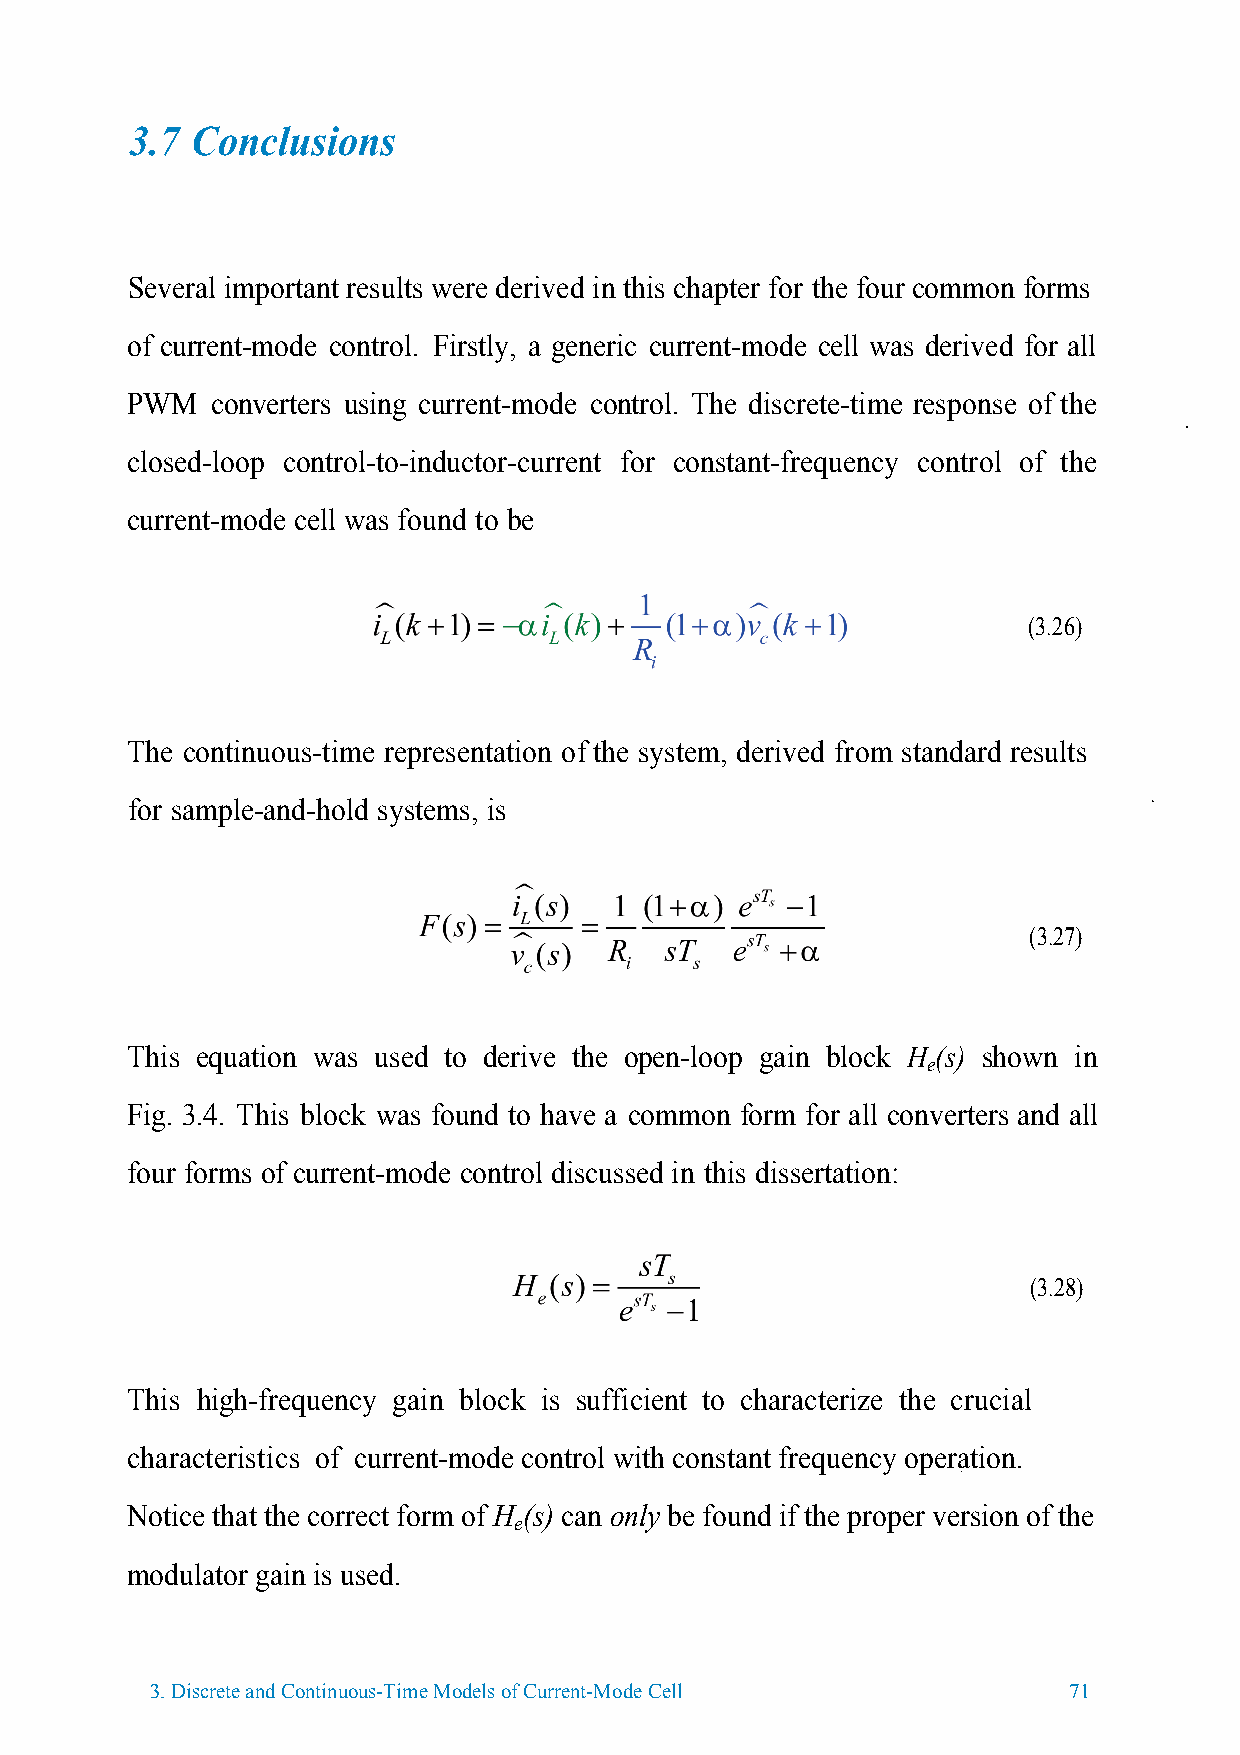
3.7 Conclusions
 Several important results were derived in this chapter for the four common forms
 of current-mode control. Firstly, a generic current-mode cell was derived for all
 PWM   converters using current-mode control. The discrete-time response of the
 closed-loop control-to-inductor-current for constant-frequency control of the
 current-mode cell was found to be
 (3.26)
 The continuous-time representation of the system, derived from standard results
 for sample-and-hold systems, is
 (3.27)
 This equation was used to derive the open-loop gain block H (s) shown in
 e
 Fig. 3.4. This block was found to have a common form for all converters and all
 four forms of current-mode control discussed in this dissertation:
 (3.28)
 This high-frequency gain block is sufficient to characterize the crucial
 characteristics of current-mode control with constant frequency operation.
 Notice that the correct form of H (s) can only be found if the proper version of the
 e
 modulator gain is used.
 3.Discrete and Continuous-Time Models of Current-Mode Cell   71